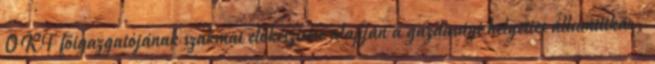
OKF főigazgatójának szakmai előkészítése alapján a gazdasági helyettes államtitkár,